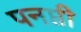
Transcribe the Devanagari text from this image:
पनप्ती